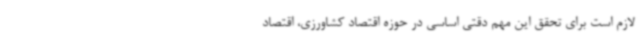
لازم است برای تحقق این مهم دقتی اساسی در حوزه اقتصاد کشاورزی، اقتصاد